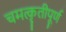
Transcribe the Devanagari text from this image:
चमत्कृतीपूर्ण